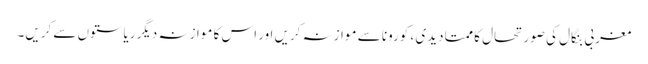
مغربی بنگال کی صورتحال کا ممتا دیدی ، کورونا سے موازنہ کریں اور اس کا موازنہ دیگر ریاستوں سے کریں۔